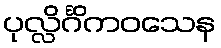
ပုလ္လိင်္ဂိကဝသေန